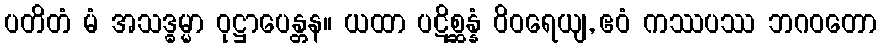
ပတိတံ မံ အသဒ္ဓမ္မာ ဝုဋ္ဌာပေန္တန။ ယထာ ပဋိစ္ဆန္နံ ဝိဝရေယျ, ဧဝံ ကဿပဿ ဘဂဝတော